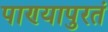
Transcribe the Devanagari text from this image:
पाण्यापुरतं